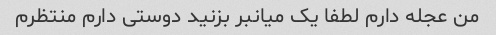
من عجله دارم لطفا یک میانبر بزنید دوستی دارم منتظرم